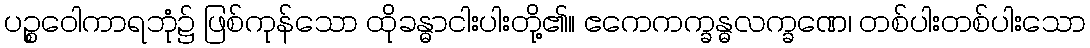
ပဉ္စဝေါကာရဘုံ၌ ဖြစ်ကုန်သော ထိုခန္ဓာငါးပါးတို့၏။ ဧကေကက္ခန္ဓလက္ခဏေ၊ တစ်ပါးတစ်ပါးသော